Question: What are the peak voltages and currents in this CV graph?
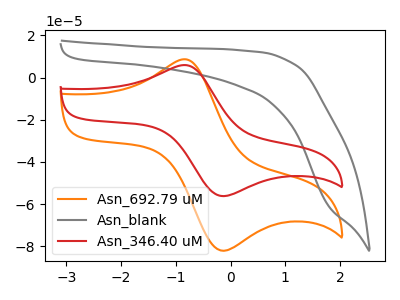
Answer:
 <answer>The orange curve "Asn_692.79 uM" has an anodic peak at (-0.80V, 8.60uA) and a cathodic peak at (-0.15V, -82.15uA). The gray curve "Asn_blank" has no peaks. The red curve "Asn_346.40 uM" has an anodic peak at (-0.80V, 5.90uA) and a cathodic peak at (-0.15V, -56.20uA).</answer>
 <eval></eval>